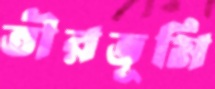
তীরভূমি